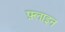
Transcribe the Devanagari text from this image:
फ़्लाइन